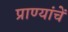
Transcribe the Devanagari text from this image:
प्राण्यांचें